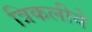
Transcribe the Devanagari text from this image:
त्रिकलीये